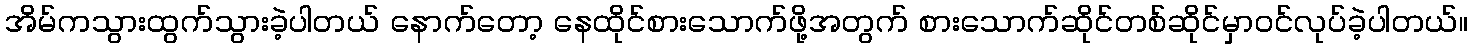
အိမ်ကသွားထွက်သွားခဲ့ပါတယ် နောက်တော့ နေထိုင်စားသောက်ဖို့အတွက် စားသောက်ဆိုင်တစ်ဆိုင်မှာဝင်လုပ်ခဲ့ပါတယ်။